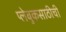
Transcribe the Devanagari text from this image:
प्लेबुकसाठीची